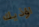
اؤذيك